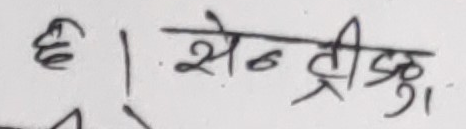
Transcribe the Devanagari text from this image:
ई। सेन्ट्रीफ्युज